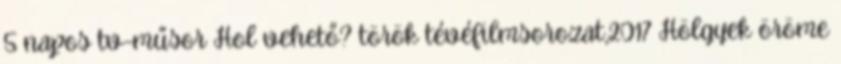
5 napos tv-műsor Hol vehető? török tévéfilmsorozat,2017 Hölgyek öröme